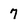
Character: 7